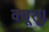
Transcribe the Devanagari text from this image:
क्यूशू।